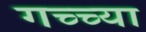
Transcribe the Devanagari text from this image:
गच्च्या